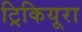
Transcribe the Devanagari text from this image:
ट्रिकियूरा